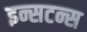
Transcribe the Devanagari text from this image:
इन्सटन्स